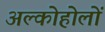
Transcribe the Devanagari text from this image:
अल्कोहोलों